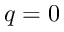
q = 0